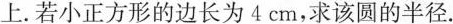
上.若小正方形的边长为4cm，求该圆的半径.